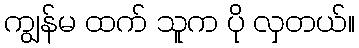
ကျွန်မ ထက် သူက ပို လှတယ်။